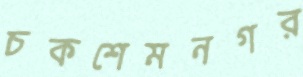
চকশেমনগর